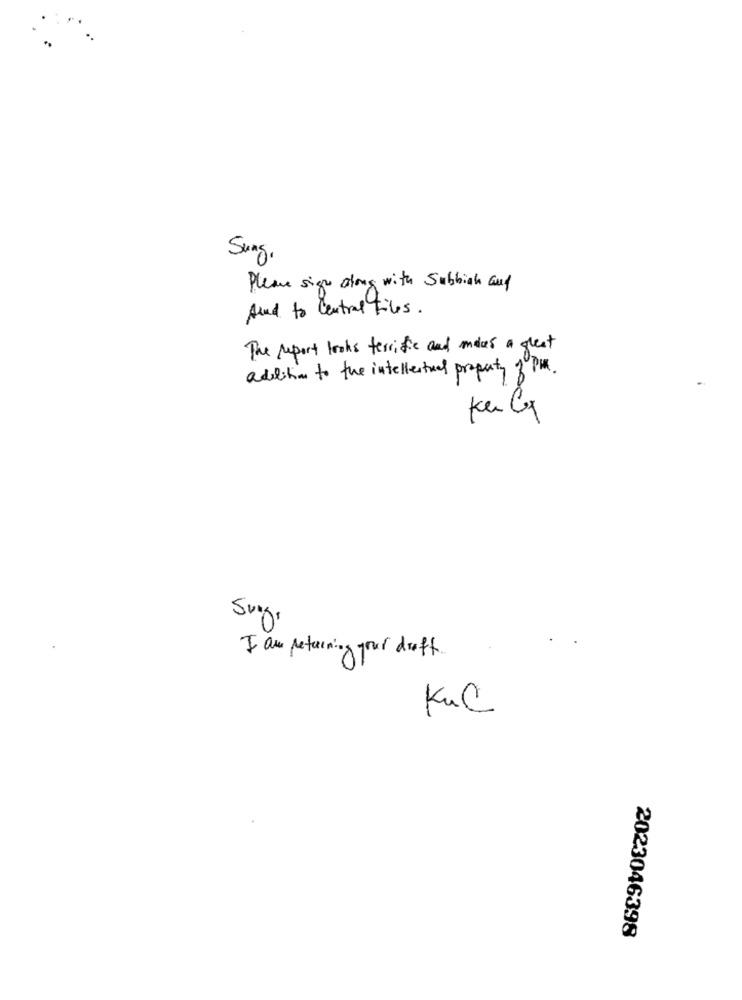
Sung.
Please sign along with Subbiak auf
And to central files .
The report looks terrific and makes a great
addition to the intellectual property of PM.
Kun C
V
I am retaining your droff.
KuC
2023046398